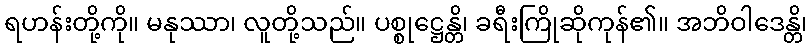
ရဟန်းတို့ကို။ မနုဿာ၊ လူတို့သည်။ ပစ္စုဋ္ဌေန္တိ၊ ခရီးကြိုဆိုကုန်၏။ အဘိဝါဒေန္တိ၊